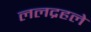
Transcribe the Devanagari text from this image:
ललद्रहले